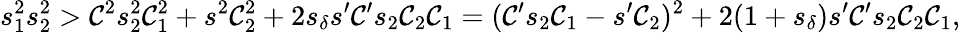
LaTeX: s_{1}^{2}s_{2}^{2}>\mathcal{C}^{2}s_{2}^{2}\mathcal{C}_{1}^{2}+s^{2}\mathcal{C}_{2}^{2}+2s_{\delta}s^{\prime}\mathcal{C}^{\prime}s_{2}\mathcal{C}_{2}\mathcal{C}_{1}=(\mathcal{C}^{\prime}s_{2}\mathcal{C}_{1}-s^{\prime}\mathcal{C}_{2})^{2}+2(1+s_{\delta})s^{\prime}\mathcal{C}^{\prime}s_{2}\mathcal{C}_{2}\mathcal{C}_{1},